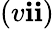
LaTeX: (v\mathbf{i}\mathbf{i})